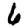
Digit: 6